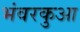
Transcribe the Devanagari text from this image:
भंवरकुआ